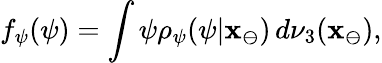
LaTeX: f_{\psi}(\psi)=\int\psi\rho_{\psi}(\psi|\mathbf{x}_{\ominus})\, d\nu_{3}(\mathbf{x}_{\ominus}),